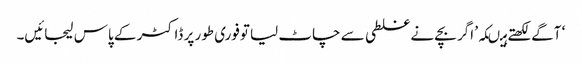
‘ آگے لکھتے ہیںکہ’ اگر بچے نے غلطی سے چاٹ لیا توفوری طور پر ڈاکٹر کے پاس لیجائیں۔